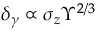
\delta _ { \gamma } \propto \sigma _ { z } \Upsilon ^ { 2 / 3 }